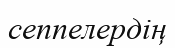
сеппелердің